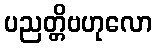
ပညတ္တိဗဟုလော